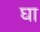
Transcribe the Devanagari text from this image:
घा